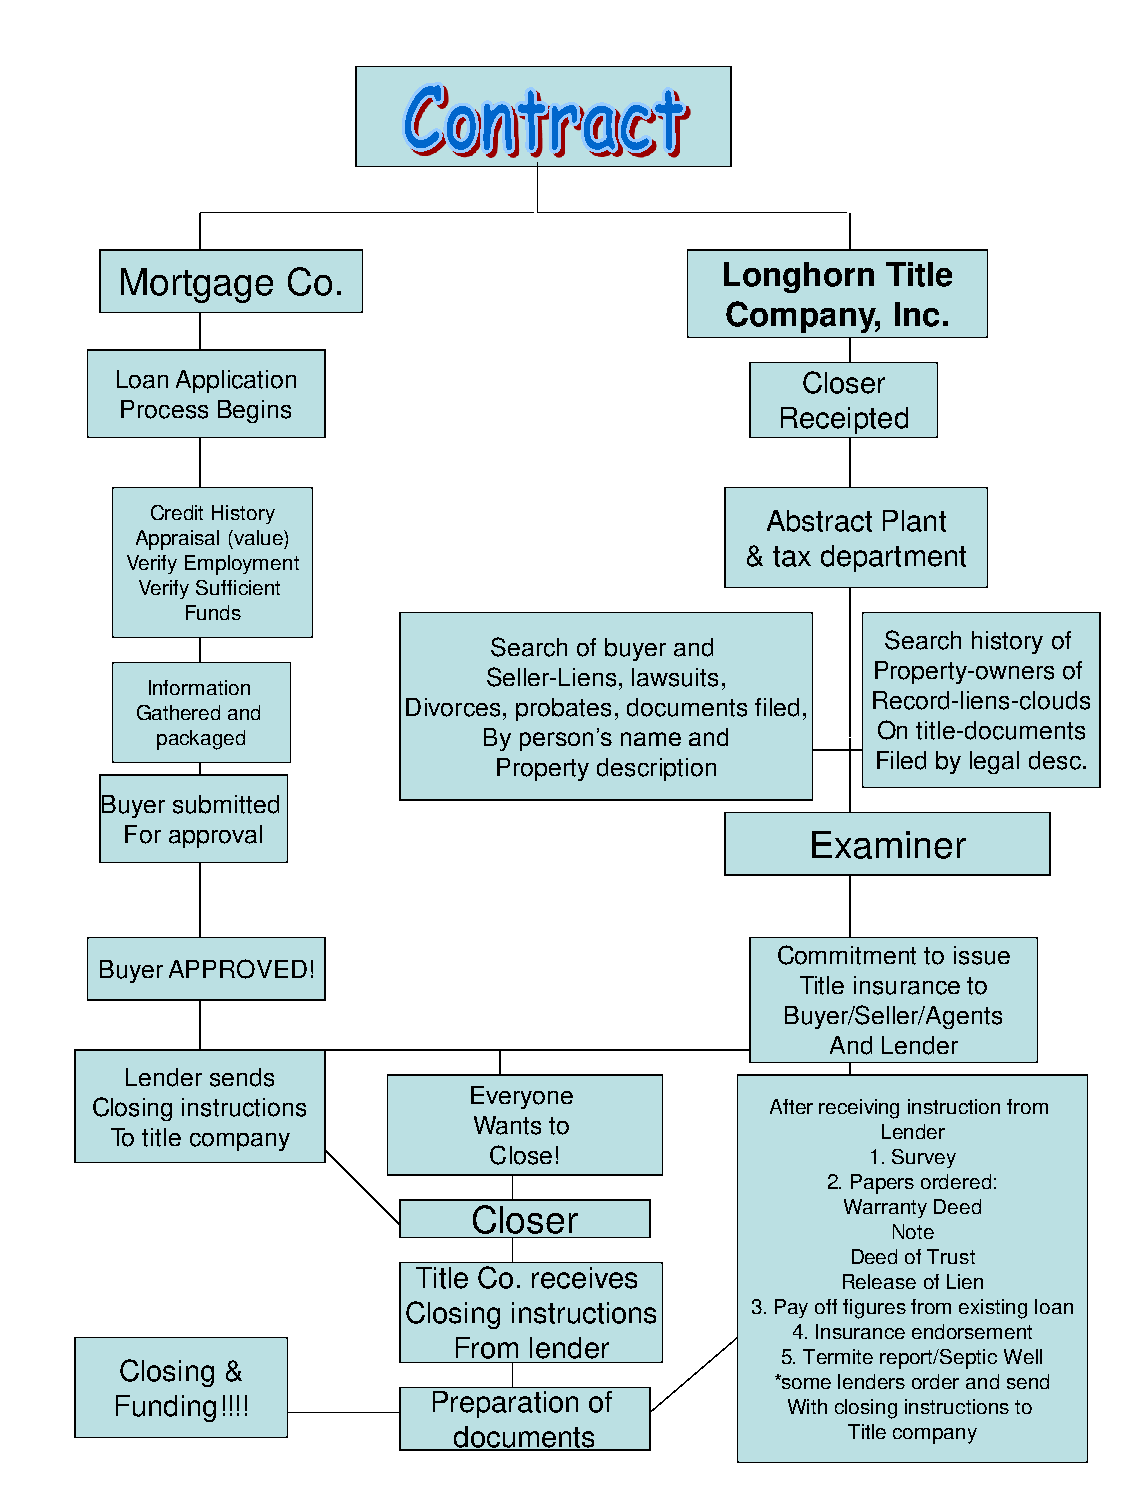
Mortgage   Co.                          Longhorn   Title
 Company,   Inc.
 Loan Application                             Closer
 Process Begins
 Receipted
 Credit History                           Abstract Plant
 Appraisal (value)
 & tax department
 Verify Employment
 Verify Sufficient
 Funds
 Search of buyer and        Search history of
 Seller-Liens, lawsuits,   Property-owners of
 Information
 Divorces, probates, documents filed, Record-liens-clouds
 Gathered and
 packaged              By person’s name and
 On title-documents
 Property description     Filed by legal desc.
 Buyer submitted
 For approval                                  Examiner
 Commitment to issue
 Buyer APPROVED!
 Title insurance to
 Buyer/Seller/Agents
 And Lender
 Lender sends
 Everyone
 Closing instructions                         After receiving instruction from
 Wants to
 To title company                                   Lender
 Close!                    1. Survey
 2. Papers ordered:
 Closer                   Warranty Deed
 Note
 Deed of Trust
 Title Co. receives
 Release of Lien
 Closing instructions   3. Pay off figures from existing loan
 4. Insurance endorsement
 From lender
 5. Termite report/Septic Well
 Closing &
 *some lenders order and send
 Funding!!!!          Preparation of          With closing instructions to
 documents                 Title company